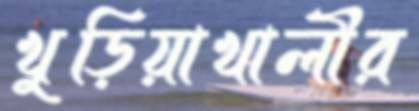
খুড়িয়াখালীর